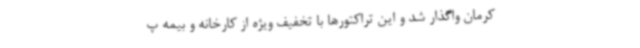
کرمان واگذار شد و این تراکتورها با تخفیف ویژه از کارخانه و بیمه پ